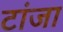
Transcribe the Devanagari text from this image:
टांजा